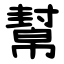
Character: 幫